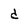
Character: d